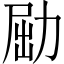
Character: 𠡰